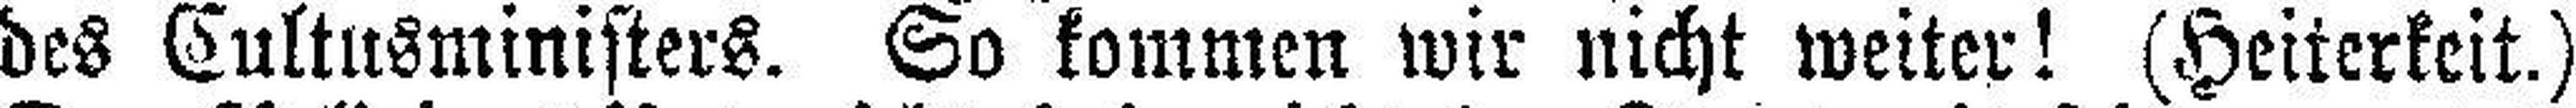
des Cultusministers. So kommen wir nicht weiter! (Heiterkeit.)